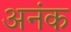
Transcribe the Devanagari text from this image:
अनंक